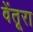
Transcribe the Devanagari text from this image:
वेंतूरा